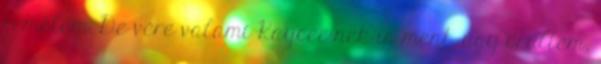
remélem. De vére valami Kaycee-nek is ment, úgy örültem,